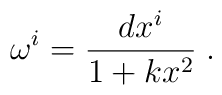
\omega^{i} = \frac{dx^{i}}{1 + kx^{2}}\;.